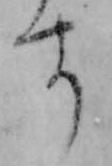
す